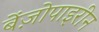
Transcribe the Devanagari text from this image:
बेंज़ोपाइरीन